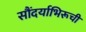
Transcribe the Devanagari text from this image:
सौंदर्याभिरूची